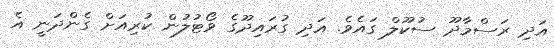
އަދި ރަސްމާދޫ ސުކޫލް ގައެވެ. އަދި ގުރައިދޫގެ ވޯޓުލުން ކުރިއަށް ގެންދަނީ އެ